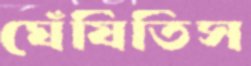
ঘেঁষিতিস